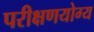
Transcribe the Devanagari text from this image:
परीक्षणयोग्य